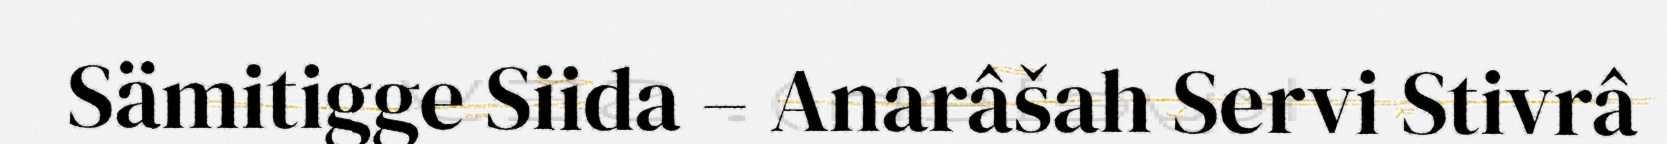
Sämitigge Siida – Anarâšah Servi Stivrâ